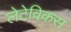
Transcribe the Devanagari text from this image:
लेटेविकस